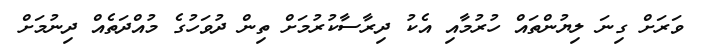
ވަރަށް ގިނަ ލިޔުންތައް ހުރުމާއި އެކު ދިރާސާކުރުމަށް ތިން ދުވަހުގެ މުއްދަތެއް ދިނުމަށް